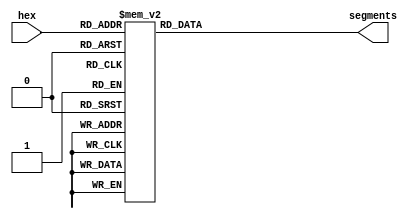
module hexTo7Segment(
    output [6:0] segments,
    input [3:0] hex
    );
    
    reg [6:0] segments;
    
// 7-segment encoding
//      0
//     ---
//  5 |   | 1
//     --- <--6
//  4 |   | 2
//     ---
//      3

   always @(hex)
      case (hex)
          4'b0001 : segments = 7'b1111001;   // 1
          4'b0010 : segments = 7'b0100100;   // 2
          4'b0011 : segments = 7'b0110000;   // 3
          4'b0100 : segments = 7'b0011001;   // 4
          4'b0101 : segments = 7'b0010010;   // 5
          4'b0110 : segments = 7'b0000010;   // 6
          4'b0111 : segments = 7'b1111000;   // 7
          4'b1000 : segments = 7'b0000000;   // 8
          4'b1001 : segments = 7'b0010000;   // 9
          4'b1010 : segments = 7'b0111111;   // -
          4'b1011 : segments = 7'b0000011;   // b
          4'b1100 : segments = 7'b1000110;   // C
          4'b1101 : segments = 7'b0100001;   // d
          4'b1110 : segments = 7'b0000110;   // E
          4'b1111 : segments = 7'b0001110;   // F
          default : segments = 7'b1000000;   // 0
      endcase
				
endmodule